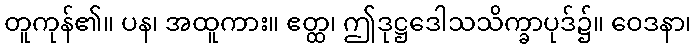
တူကုန်၏။ ပန၊ အထူကား။ ဧတ္ထ၊ ဤဒုဋ္ဌဒေါသသိက္ခာပုဒ်၌။ ဝေဒနာ၊